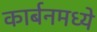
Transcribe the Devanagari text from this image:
कार्बनमध्ये